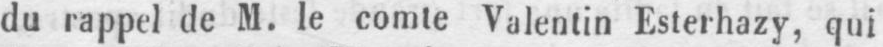
du rappel de M. le comte Valentin Esterhazy, qui